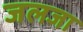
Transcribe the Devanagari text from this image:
जलजा